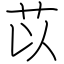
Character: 苡